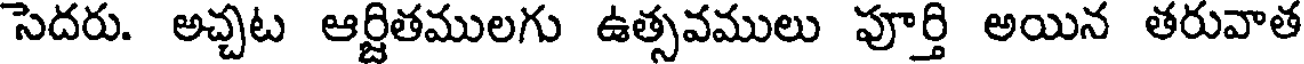
సెదరు. అచ్చట ఆర్జితములగు ఉత్సవములు పూర్తి అయిన తరువాత